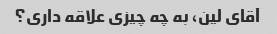
آقای لین، به چه چیزی علاقه داری؟